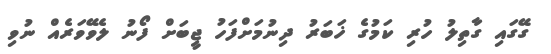
ގޭގައި ގާތިލު ހުރި ކަމުގެ ޚަބަރު ދިނުމަށްފަހު ޖީބަށް ފޯނު ލެވޭވަރެއް ނުވި